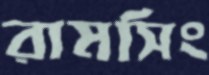
রামসিং